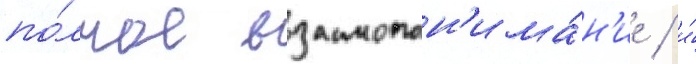
по́лное взаимопон'има́н'ие / и́